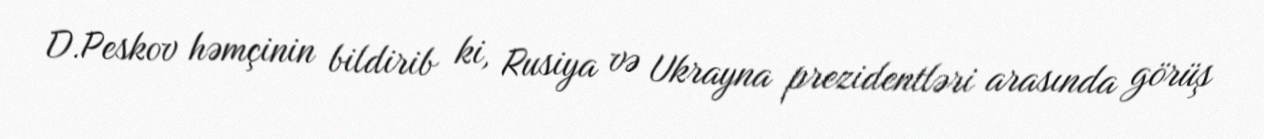
D.Peskov həmçinin bildirib ki, Rusiya və Ukrayna prezidentləri arasında görüş